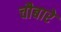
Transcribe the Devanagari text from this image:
चौबारे